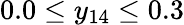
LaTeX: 0.0\leq y_{14}\leq 0.3